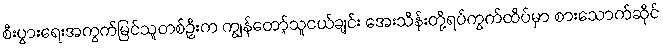
စီးပွားရေးအကွက်မြင်သူတစ်ဦးက ကျွန်တော့်သူငယ်ချင်း အေးသိန်းတို့ရပ်ကွက်ထိပ်မှာ စားသောက်ဆိုင်